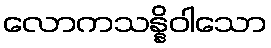
လောကသန္နိဝါသော